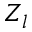
Z _ { l }